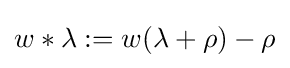
w*\lambda :=w(\lambda +\rho )-\rho